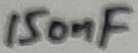
Text: 150nF